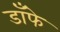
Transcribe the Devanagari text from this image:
डाँफे